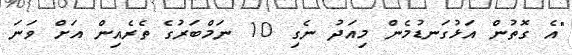
"އެ ގޮތުން އަޅުގަނޑުމެން މިއަދު ނެގި 10 ނަމްބަރުގެ ތެރެއިން އަށް ވަނަ